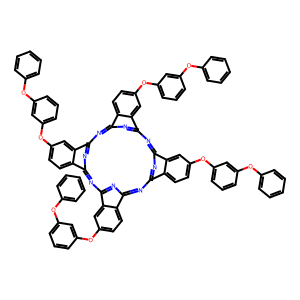
SMILES: c1ccc(Oc2cccc(Oc3ccc4c5nc6nc(nc7nc(nc8nc(nc(n5)c4c3)c3ccc(Oc4cccc(Oc5ccccc5)c4)cc83)c3ccc(Oc4cccc(Oc5ccccc5)c4)cc73)c3cc(Oc4cccc(Oc5ccccc5)c4)ccc63)c2)cc1
Inhibits HIV replication: No